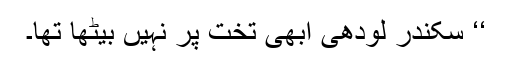
‘‘ سکندر لودھی ابھی تخت پر نہیں بیٹھا تھا۔